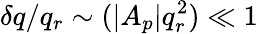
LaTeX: \delta q/q_{r}\sim(|A_{p}|q_{r}^{2})\ll 1